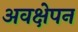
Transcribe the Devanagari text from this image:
अवक्षेपन